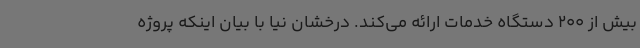
بیش از 200 دستگاه خدمات ارائه می‌کند. درخشان نیا با بیان اینکه پروژه